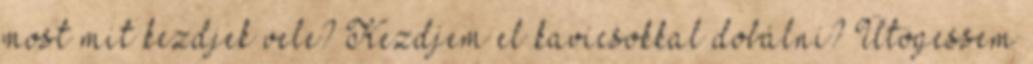
most mit kezdjek vele? Kezdjem el kavicsokkal dobálni? Ütögessem